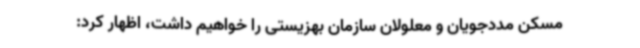
مسکن مددجویان و معلولان سازمان بهزیستی را خواهیم داشت، اظهار کرد: